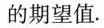
的期望值.